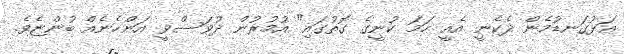
އަޅުގަނޑުމެން ދެކެނީ އެއީ ހަމަ ކުނީގެ ގޮތުގައި" އުމުރުން ދުވަސްވީ އަންހެނެއް ބުންޏެވެ.